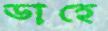
ডাহে